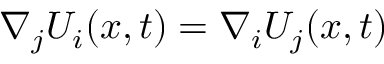
\nabla _ { j } U _ { i } ( x , t ) = \nabla _ { i } U _ { j } ( x , t )